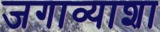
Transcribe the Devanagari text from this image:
जगाव्याशा